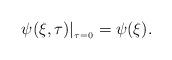
LaTeX: \begin{align*}\psi(\xi,\tau)|_{_{\tau=0}}=\psi(\xi) .\end{align*}